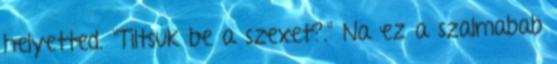
helyetted. "Tiltsuk be a szexet?." Na ez a szalmabab